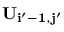
\bf { U } _ { i ^ { \prime } - 1 , j ^ { \prime } }